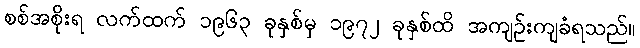
စစ်အစိုးရ လက်ထက် ၁၉၆၃ ခုနှစ်မှ ၁၉၇၂ ခုနှစ်ထိ အကျဉ်းကျခံရသည်။